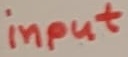
Text: input